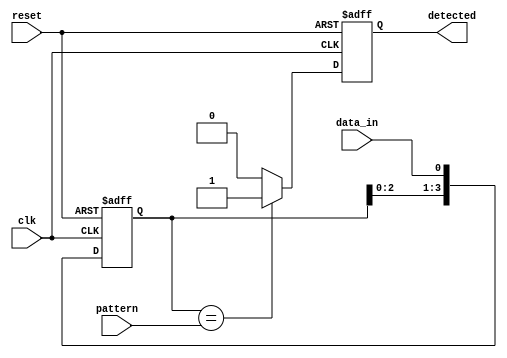
module pattern_detector #(
    parameter PATTERN_LENGTH = 4 // Length of the pattern to detect
)(
    input wire clk,               // Clock signal
    input wire reset,             // Reset signal
    input wire data_in,           // Input data stream
    input wire [PATTERN_LENGTH-1:0] pattern, // Pattern to detect
    output reg detected           // Output signal indicating detection
);

    // Flip-flops to store incoming data
    reg [PATTERN_LENGTH-1:0] shift_reg;

    // Sequential logic for data capture and detection
    always @(posedge clk or posedge reset) begin
        if (reset) begin
            shift_reg <= 0;         // Reset shift register
            detected <= 0;          // Reset detected signal
        end else begin
            // Shift in the new data
            shift_reg <= {shift_reg[PATTERN_LENGTH-2:0], data_in};

            // Compare the shift register with the pattern
            if (shift_reg == pattern) begin
                detected <= 1;        // Pattern detected
            end else begin
                detected <= 0;        // No pattern detected
            end
        end
    end

endmodule